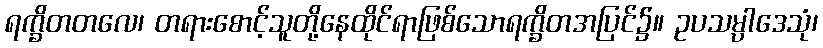
ရက္ခိတတလေ၊ တရားစောင့်သူတို့နေထိုင်ရာဖြစ်သောရက္ခိတအပြင်၌။ ဥပသမ္ပါဒေသုံ၊